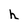
Character: h